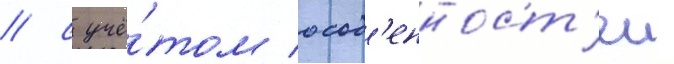
/ с учё́том особ'енност'еи